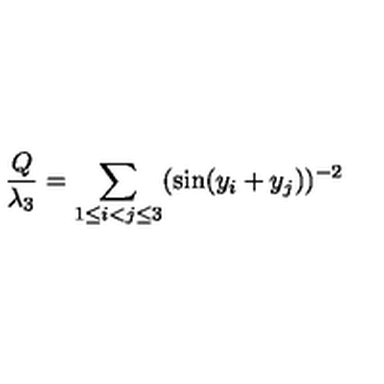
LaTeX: \frac { Q } { \lambda _ { 3 } } = \sum _ { 1 \le i < j \le 3 } ( \sin ( y _ { i } + y _ { j } ) ) ^ { - 2 }